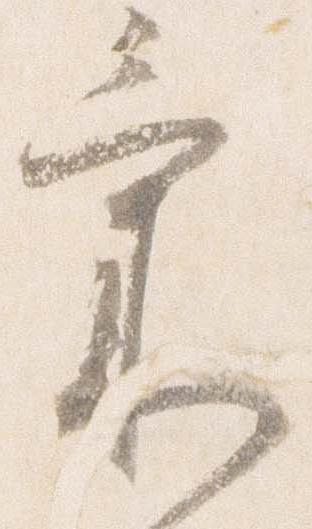
気